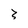
Character: 3